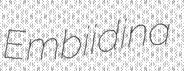
Embiidina